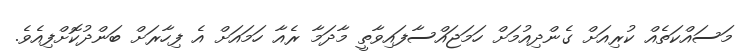
މަސައްކަތެއް ކުރިއަށް ގެންދިއުމަށް ހަމަޖައްސާފައިވާތީ މާދަމާ ރެއާ ހަމައަށް އެ ފިހާރަށް ބަންދުކޮށްފިއެވެ.